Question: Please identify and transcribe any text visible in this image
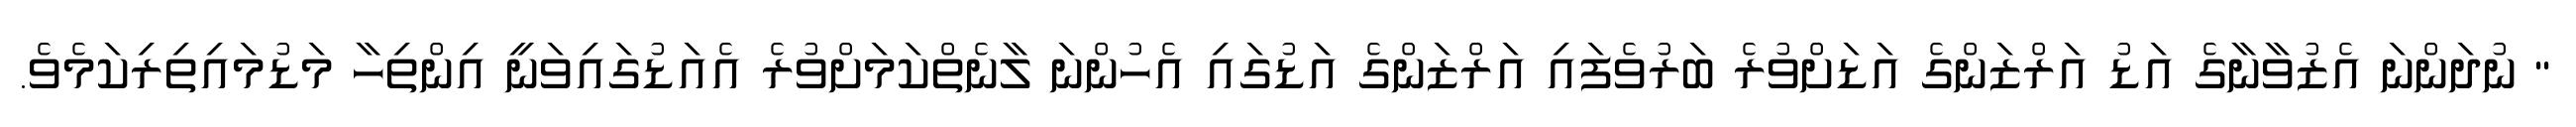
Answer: " ނުދަންނަ އެޒުވާނާގެ އަޑު އަރްޒަންގެ އަޑަށްވުރެ ބަރުވެފައި އަރްޒަންގެ އަޑުގައި އެހުންނަ ލާނެތްކަމަށްވުރެ އެއަޑުގައިވަނީ އިންތިހާ މަޑުމައިތިރިކަމެވެ.